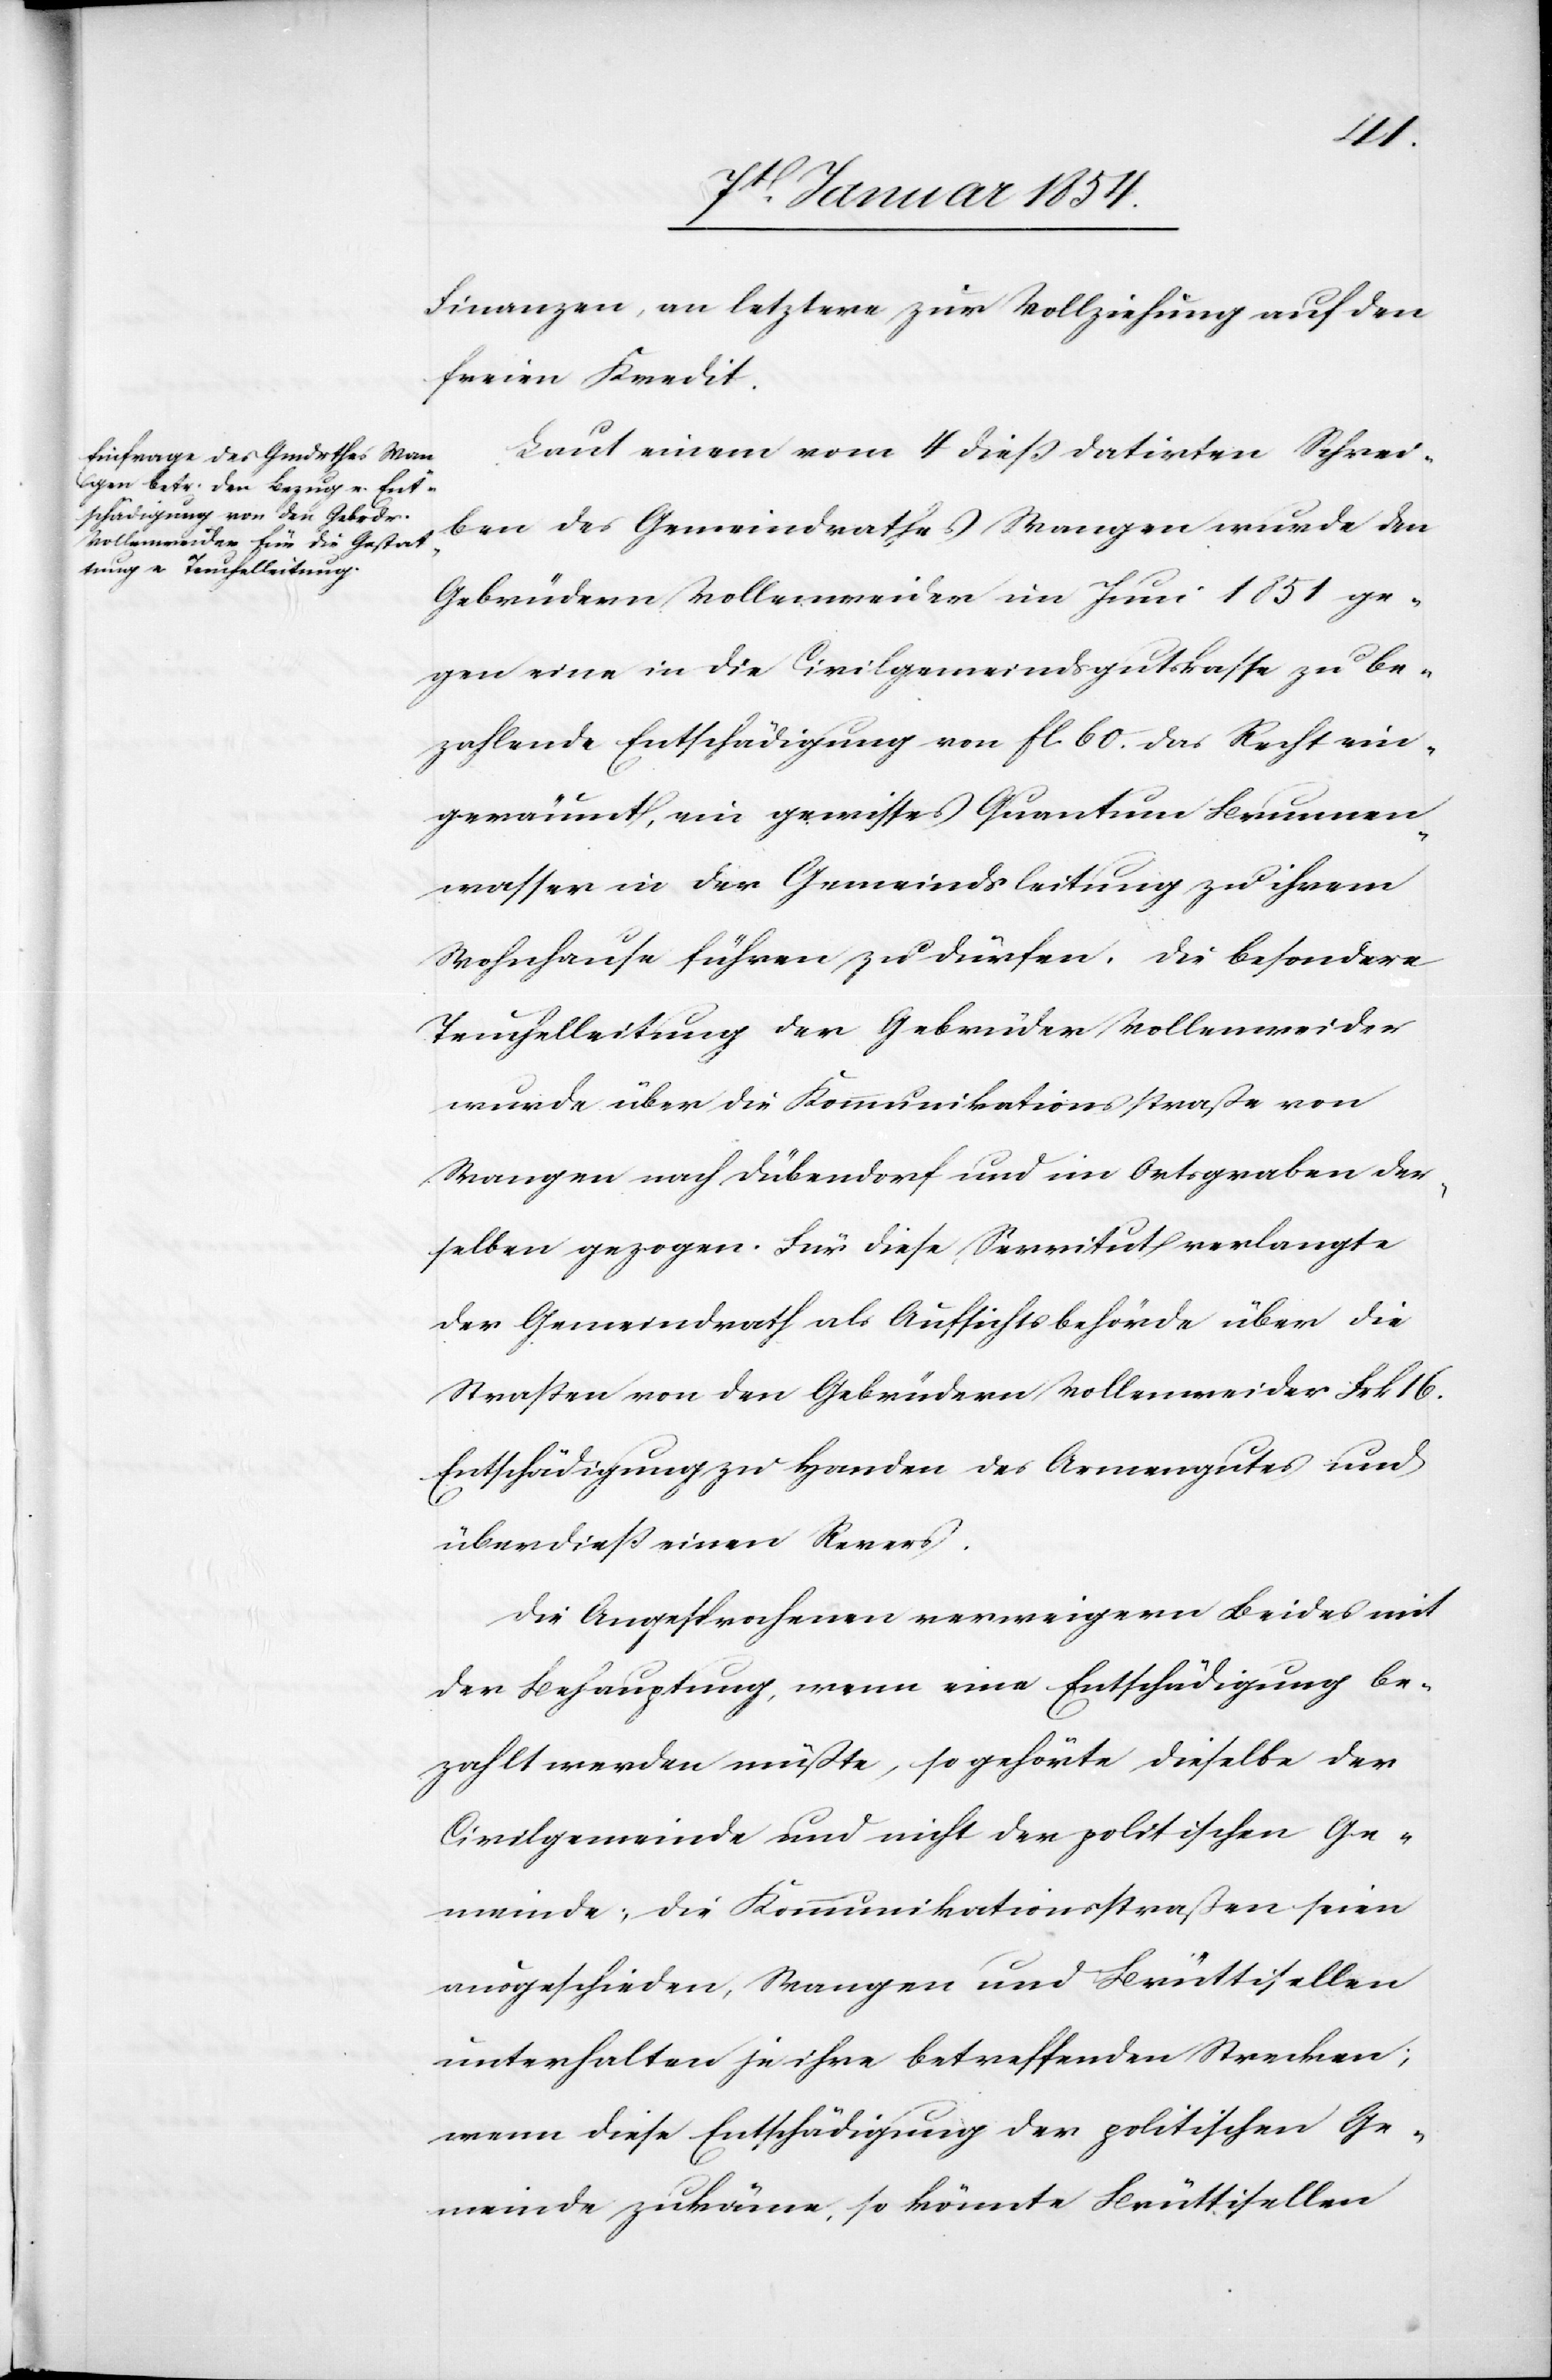
Finanzen, an letzere zur Vollziehung auf den
freien Kredit.
Laut einem vom 4 dieß datirten Schrei¬
ben des Gemeindrathes Wangen wurde den
Gebrüdern Vollenweider im Juni 1851 ge¬
gen eine in die Civilgemeindsgutskasse zu be¬
zahlende Entschädigung von fl. 60. das Recht ein¬
geräumt, ein gewisses Quantum Brunnen¬
wasser in der Gemeindsleitung zu ihrem
Wohnhause führen zu dürfen. Die besondere
Teuchelleitung der Gebrüder Vollenweider
wurde über die Kommunikationsstraße von
Wangen nach Dübendorf und im Ortsgraben der¬
selben gezogen. Für diese Servitut verlangte
der Gemeindrath als Aufsichtsbehörde über die
Straßen von den Gebrüdern Vollenweider Frk 16.
Entschädigung zu Handen des Armengutes und
überdieß einen Revers.
Die Angesprochenen verweigern Beides mit
der Behauptung, wenn eine Entschädigung be¬
zahlt werden müßte, so gehörte dieselbe der
Civilgemeinde und nicht der politischen Ge¬
meinde; die Kommunikationsstraßen seien
ausgeschieden, Wangen und Brüttisellen
unterhalten je ihre betreffenden Strecken;
wenn diese Entschädigung der politischen Ge¬
meinde zukäme, so könnte Brüttisellen